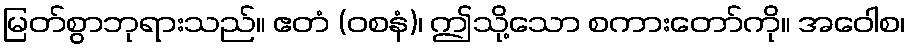
မြတ်စွာဘုရားသည်။ ဧတံ (ဝစနံ)၊ ဤသို့သော စကားတော်ကို။ အဝေါစ၊